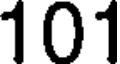
101